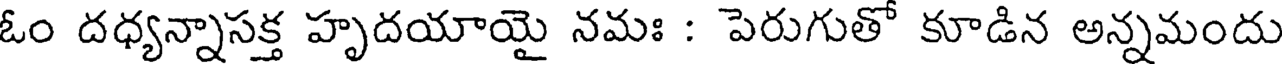
ఓం దధ్యన్నాసక్త హృదయాయై నమః : పెరుగుతో కూడిన అన్నమందు